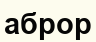
аброр